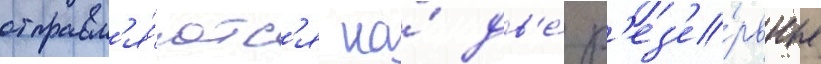
отправл'я́ютс'я на́ дв'е́ р'ез'е́рвные